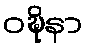
ဝဍ္ဎိနာ